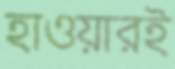
হাওয়ারই